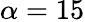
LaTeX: \alpha=15